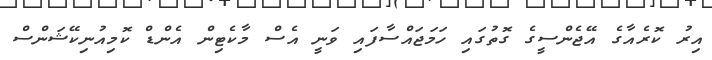
އިރު ކޮރެއާގެ އޭޖެންސީގެ ގޮތުގައި ހަމަޖައްސާފައި ވަނީ އެސް މާކެޓިން އެންޑް ކޮމިއުނިކޭޝަންސް